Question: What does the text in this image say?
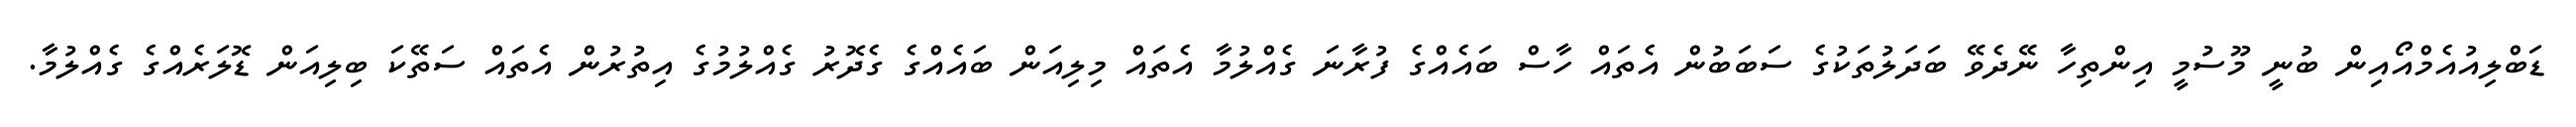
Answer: ޑަބްލިއުއެމްއޯއިން ބުނީ މޫސުމީ އިންތިހާ ނޭދެވޭ ބަދަލުތަކުގެ ސަބަބުން އެތައް ހާސް ބައެއްގެ ފުރާނަ ގެއްލުމާ އެތައް މިލިއަން ބައެއްގެ ގެދޮރު ގެއްލުމުގެ އިތުރުން އެތައް ސަތޭކަ ބިލިއަން ޑޮލަރެއްގެ ގެއްލުމާ.